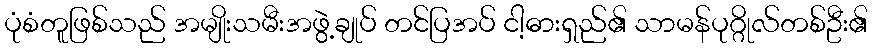
ပုံစံတူဖြစ်သည် အမျိုးသမီးအဖွဲ့ချုပ် တင်ပြအပ် ငါ့ဓားရှည်၏ သာမန်ပုဂ္ဂိုလ်တစ်ဦး၏